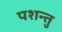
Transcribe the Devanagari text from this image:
पशन्तु